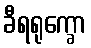
ခီရရုက္ခော